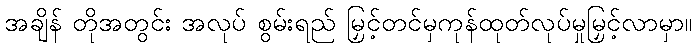
အချိန် တိုအတွင်း အလုပ် စွမ်းရည် မြှင့်တင်မှကုန်ထုတ်လုပ်မှုမြှင့်လာမှာ။